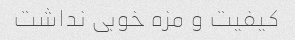
کیفیت و مزه خوبی نداشت